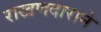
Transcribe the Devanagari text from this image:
राखणदाराने